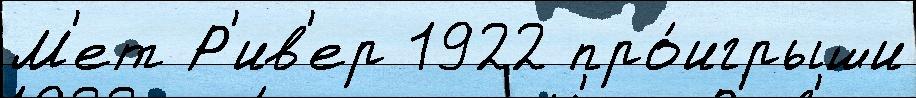
М'ет Р'ив'ер 1922 про́игрыши